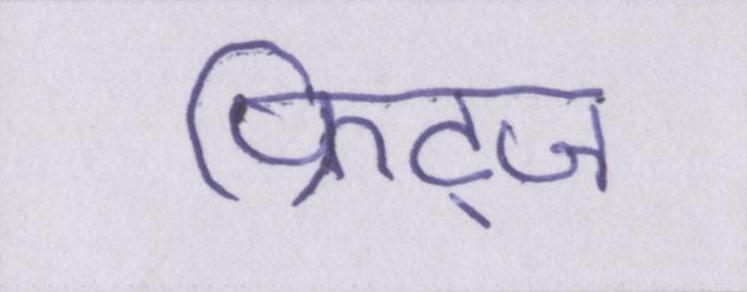
फ्रिट्ज